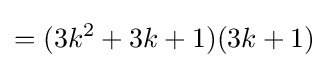
=(3k^{2}+3k+1)(3k+1)